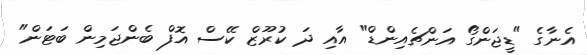
އެނާގެ "ޑީޖަންގޯ އަންޗެއިންޑް" އާއި ދަ ކުރޫޒް ކޭސް އޮފް ބެންޖަމިން ބަޓަން"